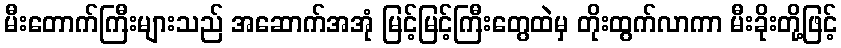
မီးတောက်ကြီးများသည် အဆောက်အအုံ မြင့်မြင့်ကြီးတွေထဲမှ တိုးထွက်လာကာ မီးခိုးတို့ဖြင့်